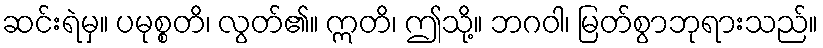
ဆင်းရဲမှ။ ပမုစ္စတိ၊ လွတ်၏။ ဣတိ၊ ဤသို့။ ဘဂဝါ၊ မြတ်စွာဘုရားသည်။